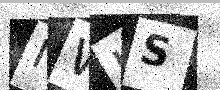
Text: NWKS